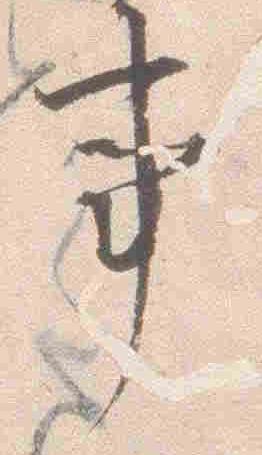
事